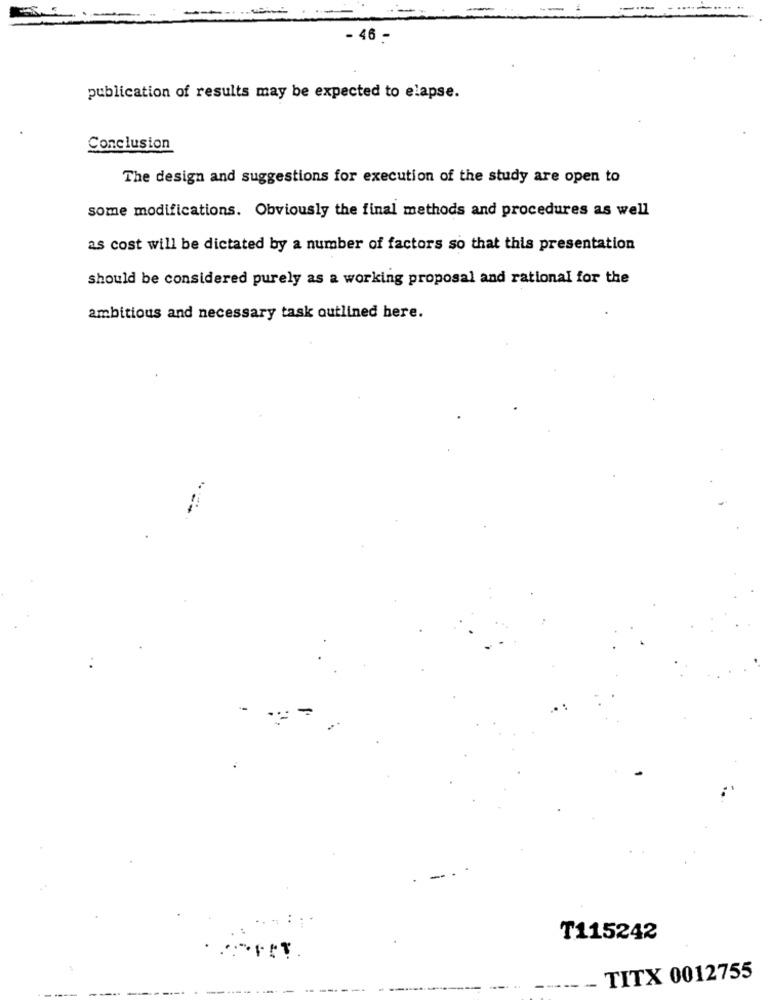
- 46 -
publication of results may be expected to elapse.
Conclusion
The design and suggestions for execution of the study are open to
some modifications. Obviously the final methods and procedures as well
as cost will be dictated by a number of factors so that this presentation
should be considered purely as a working proposal and rational for the
ambitious and necessary task outlined here.
T115242
4.
TITX 0012755